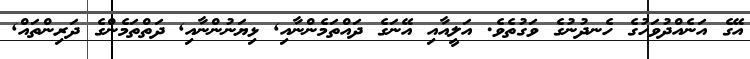
އޭގެ އަނެއްދުވަހުގެ ހެނދުނުގެ ވަގުތެވެ. އަލީއާއި އޭނަގެ ދައްތަމެންނާއި